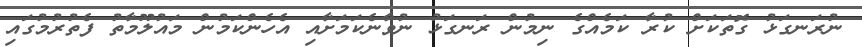
ނުރަނގަޅު ގޮތަކަށް ކުރާ ކަމެއްގެ ނިމުން ރަނގަޅު ނުވާނެކަމަށާއި އެހެންކަމުން މައުލޫމާތު ފެތުރުމުގައި